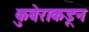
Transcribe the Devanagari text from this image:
कुबेराकडून